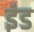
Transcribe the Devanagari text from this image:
इंड